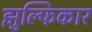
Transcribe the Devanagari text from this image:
झुल्फिकार